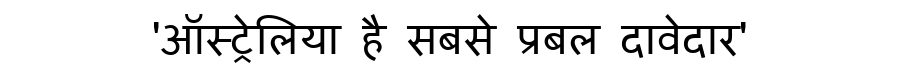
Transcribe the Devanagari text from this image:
'ऑस्ट्रेलिया है सबसे प्रबल दावेदार'